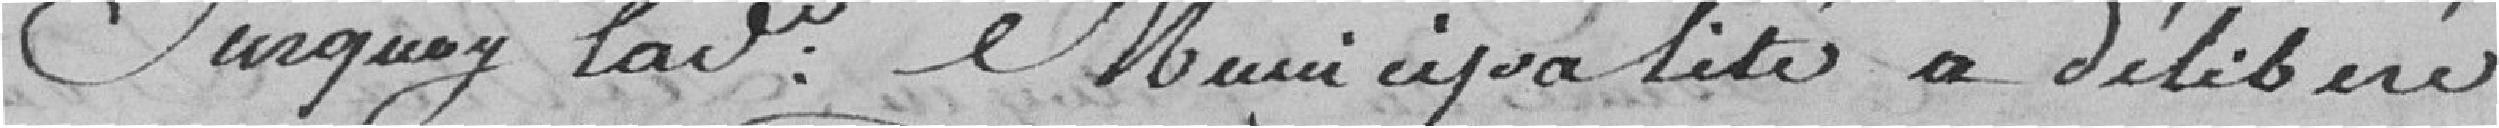
Sur quoy la Municipalité a délibéré